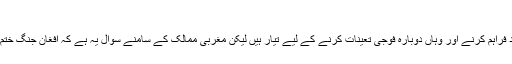
​
امریکی کے یورپی اتحادی ممالک نیٹو کے افغان مشن میں مدد فراہم کرنے اور وہاں دوبارہ فوجی تعینات کرنے کے لیے تیار ہیں لیکن مغربی ممالک کے سامنے سوال یہ ہے کہ افغان جنگ ختم کب ہو گی اور اس حوالے سے امریکی حکمت عملی کیا ہے؟